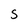
Character: S